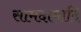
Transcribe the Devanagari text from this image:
सामदामादि